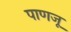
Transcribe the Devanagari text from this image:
पाणजू